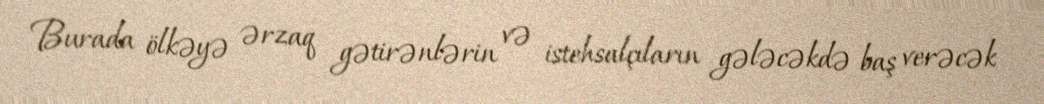
Burada ölkəyə ərzaq gətirənlərin və istehsalçıların gələcəkdə baş verəcək